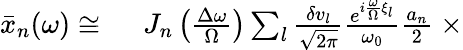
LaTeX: \begin{array}{rl}{\bar{x}_{n}(\omega)\cong\ }&{{}J_{n}\left(\frac{\Delta\omega}{\Omega}\right)\sum_{l}\frac{\delta v_{l}}{\sqrt{2\pi}}\frac{e^{i\frac{\omega}{\Omega}\xi_{l}}}{\omega_{0}}\frac{a_{n}}{2}\ \times}\end{array}